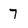
Character: 7